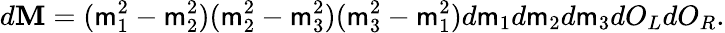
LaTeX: d\mathbf{M}=(\mathsf{m}_{1}^{2}-\mathsf{m}_{2}^{2})(\mathsf{m}_{2}^{2}-\mathsf{m}_{3}^{2})(\mathsf{m}_{3}^{2}-\mathsf{m}_{1}^{2})d\mathsf{m}_{1}d\mathsf{m}_{2}d\mathsf{m}_{3}dO_{L}dO_{R}.